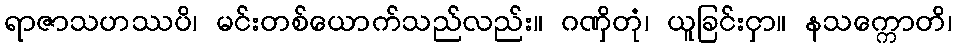
ရာဇာသဟဿပိ၊ မင်းတစ်ယောက်သည်လည်း။ ဂဏှိတုံ၊ ယူခြင်းငှာ။ နသက္ကောတိ၊